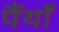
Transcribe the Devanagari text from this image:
पैंयाँ